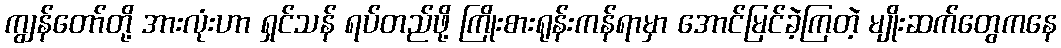
ကျွန်တော်တို့ အားလုံးဟာ ရှင်သန် ရပ်တည်ဖို့ ကြိုးစားရုန်းကန်ရာမှာ အောင်မြင်ခဲ့ကြတဲ့ မျိုးဆက်တွေကနေ